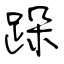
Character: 跺